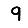
Digit: 9